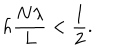
h \frac { N \lambda } { L } < \frac { 1 } { 2 } .